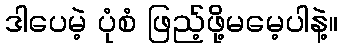
ဒါပေမဲ့ ပုံစံ ဖြည့်ဖို့မမေ့ပါနဲ့။